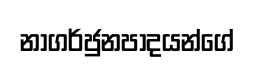
නාගර්ජුනපාදයන්ගේ